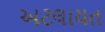
અટલાયત